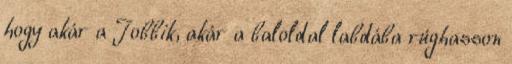
hogy akár a Jobbik, akár a baloldal labdába rúghasson